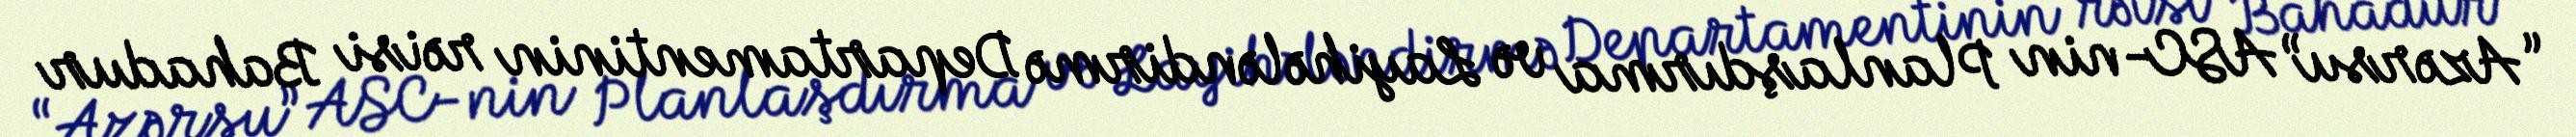
“Azərsu” ASC-nin Planlaşdırma və Layihələndirmə Departamentinin rəisi Bahadur